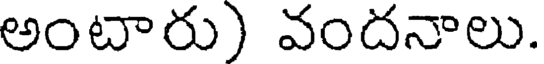
అంటారు) వందనాలు.